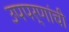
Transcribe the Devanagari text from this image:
उपपर्णांची